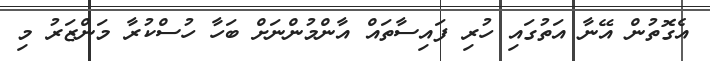
އެގޮތުން އޭނާ އަތުގައި ހުރި ފައިސާތައް އާންމުންނަށް ބަހާ ހުސްކުރާ މަންޒަރު މި